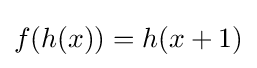
f(h(x))=h(x+1)